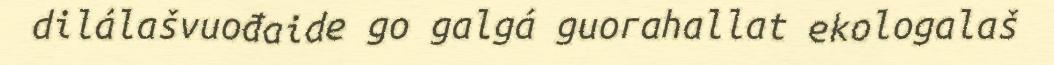
dilálašvuođaide go galgá guorahallat ekologalaš